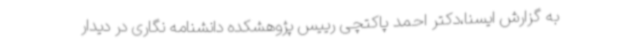
به گزارش ایسنا،دکتر احمد پاکتچی رییس پژوهشکده دانشنامه نگاری در دیدار